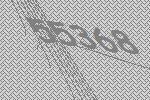
55368